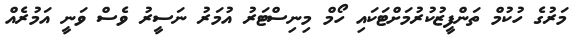
މަރުގެ ހުކުމް ތަންފީޒުކުރުމަށްޓަކައި ހޯމް މިނިސްޓަރު އުމަރު ނަސީރު ވެސް ވަނީ އަމުރެއް